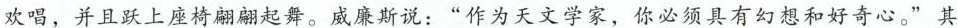
欢唱，并且跃上座椅翩翩起舞。威廉斯说：”作为天文学家，你必须具有幻想和好奇心。”其